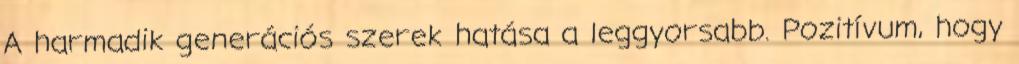
A harmadik generációs szerek hatása a leggyorsabb. Pozitívum, hogy